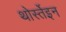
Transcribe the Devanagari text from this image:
थोर्स्तेइन